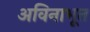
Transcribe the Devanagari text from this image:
अविनाभूत